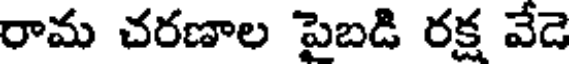
రామ చరణాల పైబడి రక్ష వేడె